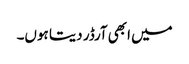
میں ابھی آرڈر دیتا ہوں۔